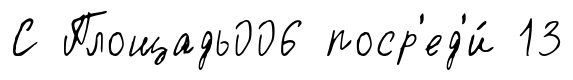
С Площадь006 поср'ед'и́ 13